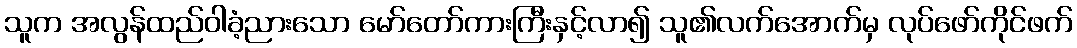
သူက အလွန်ထည်ဝါခံ့ညားသော မော်တော်ကားကြီးနှင့်လာ၍ သူ၏လက်အောက်မှ လုပ်ဖော်ကိုင်ဖက်